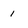
Character: 1